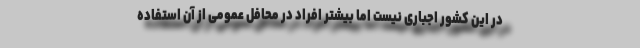
در این کشور اجباری نیست اما بیشتر افراد در محافل عمومی از آن استفاده